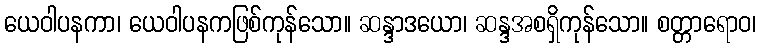
ယေဝါပနကာ၊ ယေဝါပနကဖြစ်ကုန်သော။ ဆန္ဒာဒယော၊ ဆန္ဒအစရှိကုန်သော။ စတ္တာရောဝ၊